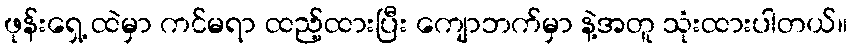
ဖုန်းရှေ့ ထဲမှာ ကင်မရာ ထည့်ထားပြီး ကျောဘက်မှာ နဲ့အတူ သုံးထားပါတယ်။